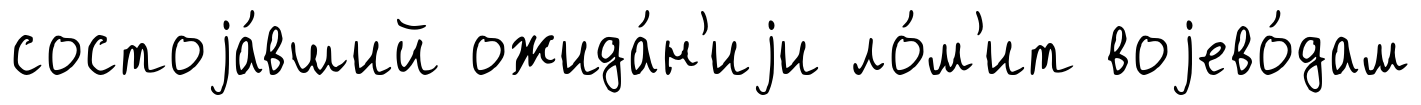
состоjа́вший ожида́н'иjи ло́м'ит воjево́дам